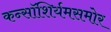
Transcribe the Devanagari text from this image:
कन्सॉशिर्यमसमोर